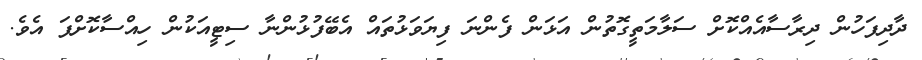
ދާދިފަހުން ދިރާސާއެއްކޮށް ސަލާމަތީގޮތުން އަޅަން ފެންނަ ފިޔަވަޅުތައް އެބޭފުޅުންނާ ސިޓީއަކުން ހިއްސާކޮށްފަ އެވެ.